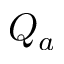
Q _ { a }